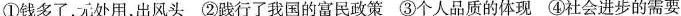
①钱多了，元处用，出风头 ②践行了我国的富民政策 ③个人品质的体现 ④社会进步的需要